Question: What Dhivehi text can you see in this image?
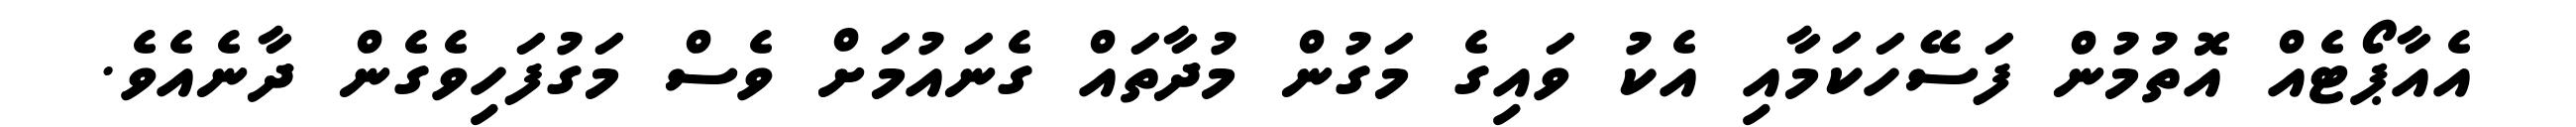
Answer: އެއާޕޯޓެއް އޮތުމުން ފަސޭހަކަމާއި އެކު ވައިގެ މަގުން މުދާތައް ގެނައުމަށް ވެސް މަގުފަހިވެގެން ދާނެއެވެ.